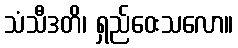
သံသီဒတိ၊ ရှည်ဝေးသလော။